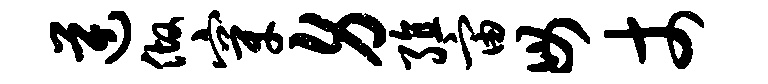
逆做穿身殖宙毋丈